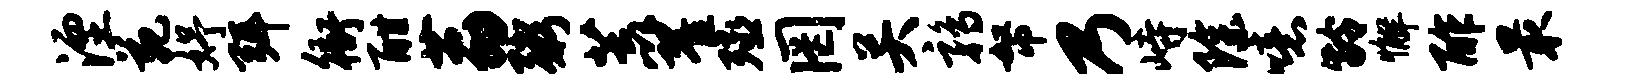
湮苑妤弭衙酣荔粥荒翟殛罔关鹑帑乃峙除噫龄懈酢最